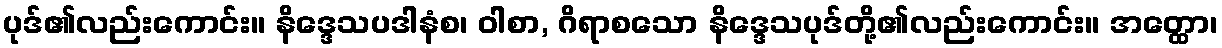
ပုဒ်၏လည်းကောင်း။ နိဒ္ဒေသပဒါနံစ၊ ဝါစာ, ဂိရာစသော နိဒ္ဒေသပုဒ်တို့၏လည်းကောင်း။ အတ္ထော၊